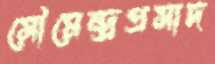
সৌমেন্দ্রপ্রসাদ